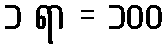
၁ ရာ = ၁၀၀